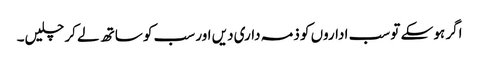
اگر ہو سکے تو سب اداروں کو ذمہ داری دیں اور سب کو ساتھ لے کر چلیں۔